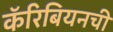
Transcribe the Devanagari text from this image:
कॅरिबियनची